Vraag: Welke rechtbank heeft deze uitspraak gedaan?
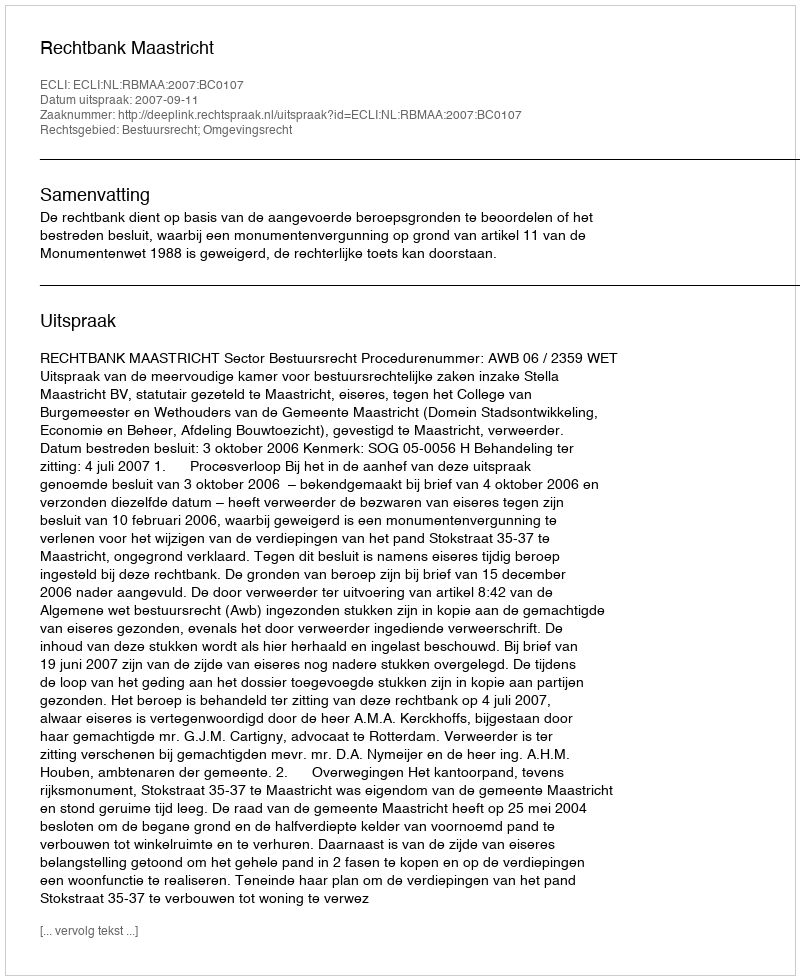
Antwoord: Rechtbank Maastricht